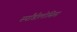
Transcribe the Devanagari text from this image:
स्पॉँडीलोसिस